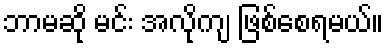
ဘာမဆို မင်း အလိုကျ ဖြစ်စေရမယ်။